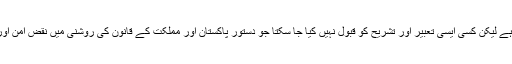
مذہب کی تشریح اور تعبیر کا حق لوگوں کو حاصل ہے لیکن کسی ایسی تعبیر اور تشریح کو قبول نہیں کیا جا سکتا جو دستور پاکستان اور مملکت کے قانون کی روشنی میں نقض امن اور دوسری شہریوں کی دلآزاری کا باعث بنتے ہوں ۔